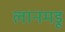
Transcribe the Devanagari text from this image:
लानमडू